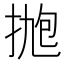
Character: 𪭹